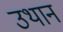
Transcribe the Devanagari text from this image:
उथान